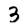
Character: 3